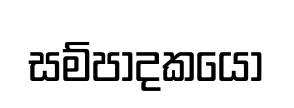
සම්පාදකයෝ